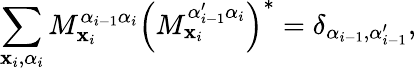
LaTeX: \sum_{\mathbf{x}_{i},\alpha_{i}}M_{\mathbf{x}_{i}}^{\alpha_{i-1}\alpha_{i}}\left(M_{\mathbf{x}_{i}}^{\alpha_{i-1}^{\prime}\alpha_{i}}\right)^{*}=\delta_{\alpha_{i-1},\alpha_{i-1}^{\prime}},